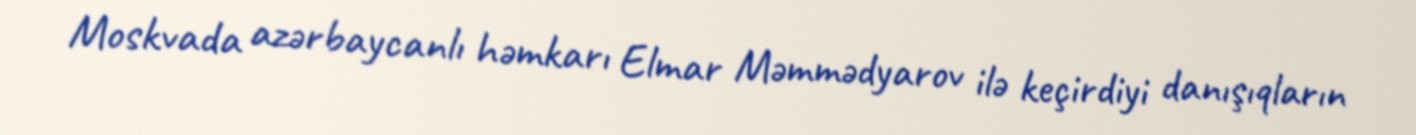
Moskvada azərbaycanlı həmkarı Elmar Məmmədyarov ilə keçirdiyi danışıqların